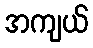
အကျယ်